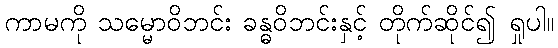
ကာမကို သမ္မောဝိဘင်း ခန္ဓဝိဘင်းနှင့် တိုက်ဆိုင်၍ ရှုပါ။